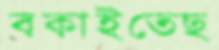
বকাইতেছ